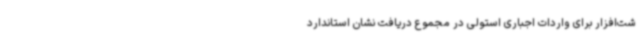
شت‌افزار برای واردات اجباری استولی در مجموع دریافت نشان استاندارد